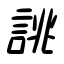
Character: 誂